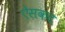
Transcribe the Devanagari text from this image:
ऐसकट